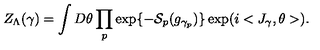
Z _ { \Lambda } ( \gamma ) = \int D \theta \prod _ { p } \exp \{ - { \cal S } _ { p } ( g _ { \gamma _ { p } } ) \} \exp ( i < J _ { \gamma } , \theta > ) .